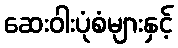
ဆေးဝါးပုံစံများနှင့်